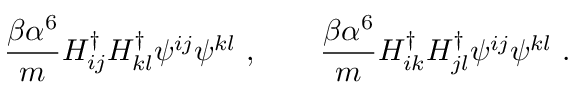
\frac { \beta \alpha ^ { 6 } } { m } H _ { i j } ^ { \dagger } H _ { k l } ^ { \dagger } \psi ^ { i j } \psi ^ { k l } \ , \qquad \frac { \beta \alpha ^ { 6 } } { m } H _ { i k } ^ { \dagger } H _ { j l } ^ { \dagger } \psi ^ { i j } \psi ^ { k l } \ .